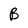
Character: B